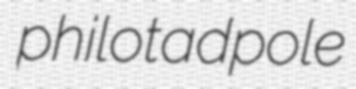
philotadpole